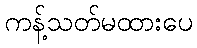
ကန့်သတ်မထားပေ